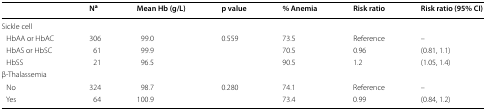
|  | Na | Mean Hb (g/L) | p value | % Anemia | Risk ratio | Risk ratio (95% CI) |
 | --- | --- | --- | --- | --- | --- | --- |
 | <COLSPAN=7> Sickle cell |
 | HbAA or HbAC | 306 | 99.0 | 0.559 | 73.5 | Reference | – |
 | HbAS or HbSC | 61 | 99.9 |  | 70.5 | 0.96 | (0.81, 1.1) |
 | HbSS | 21 | 96.5 |  | 90.5 | 1.2 | (1.05, 1.4) |
 | <COLSPAN=7> β-Thalassemia |
 | No | 324 | 98.7 | 0.280 | 74.1 | Reference | – |
 | Yes | 64 | 100.9 |  | 73.4 | 0.99 | (0.84, 1.2) |